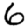
Digit: 6